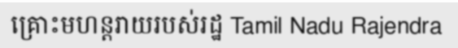
គ្រោះមហន្តរាយរបស់រដ្ឋ Tamil Nadu Rajendra